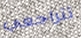
تتراجعي